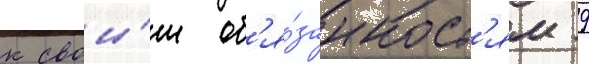
к свои́м об'я́занност'ям 9